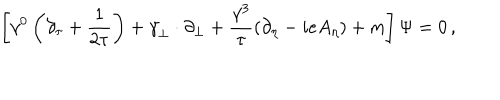
LaTeX: \left[ \gamma ^ { 0 } \left( \partial _ { \tau } + { \frac { 1 } { 2 \tau } } \right) + { \bf \gamma } _ { \perp } \cdot \partial _ { \perp } + { \frac { \gamma ^ { 3 } } { \tau } } ( \partial _ { \eta } - i e A _ { \eta } ) + m \right] \Psi = 0 \, ,